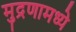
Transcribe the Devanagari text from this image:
मुद्रणामध्ये